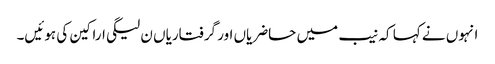
انہوں نے کہا کہ نیب میں حاضریاں اور گرفتاریاں ن لیگی اراکین کی ہوئیں۔